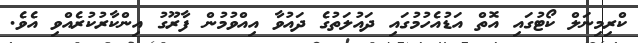
ކްރިމިނަލް ކޯޓުގައި އޮތް އަޑުއެހުމުގައި ދައުލަތުގެ ދައުވާ އިއްވުމުން ފާރޫގު އިންކާރުކުރެއްވި އެވެ.